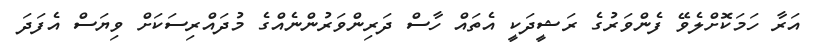
އަރާ ހަމަކޮށްލެވޭ ފެންވަރުގެ ރަޝީދަކީ އެތައް ހާސް ދަރިންވަރުންނެއްގެ މުދައްރިސަކަށް ވިޔަސް އެފަަދަ